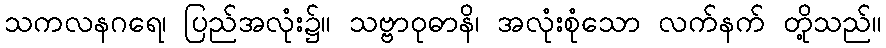
သကလနဂရေ၊ ပြည်အလုံး၌။ သဗ္ဗာဝုဓာနိ၊ အလုံးစုံသော လက်နက် တို့သည်။